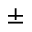
\pm